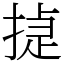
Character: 㨗